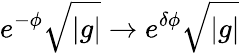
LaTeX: e^{-\phi}\sqrt{|g|}\rightarrow e^{\delta\phi}\sqrt{|g|}